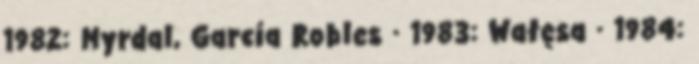
1982: Myrdal, García Robles · 1983: Wałęsa · 1984: